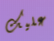
عليك